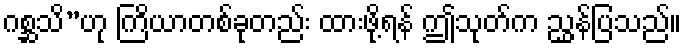
ဂစ္ဆသိ”ဟု ကြိယာတစ်ခုတည်း ထားဖို့ရန် ဤသုတ်က ညွှန်ပြသည်။